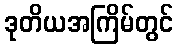
ဒုတိယအကြိမ်တွင်